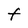
Character: t